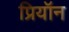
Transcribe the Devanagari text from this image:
प्रियॉन